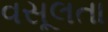
વસૂલતા